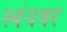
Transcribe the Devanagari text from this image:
स्वंयवर